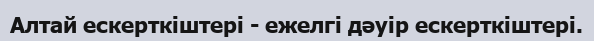
Алтай ескерткіштері - ежелгі дәуір ескерткіштері.